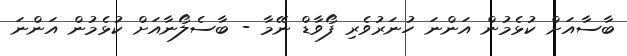
ބާސާއަށް ކުޅެމުން އަންނަ ހުނަރުވެރި ފޯވާޑް ނޭމާ - ބާސެލޯނާއަށް ކުޅެމުން އަންނަ